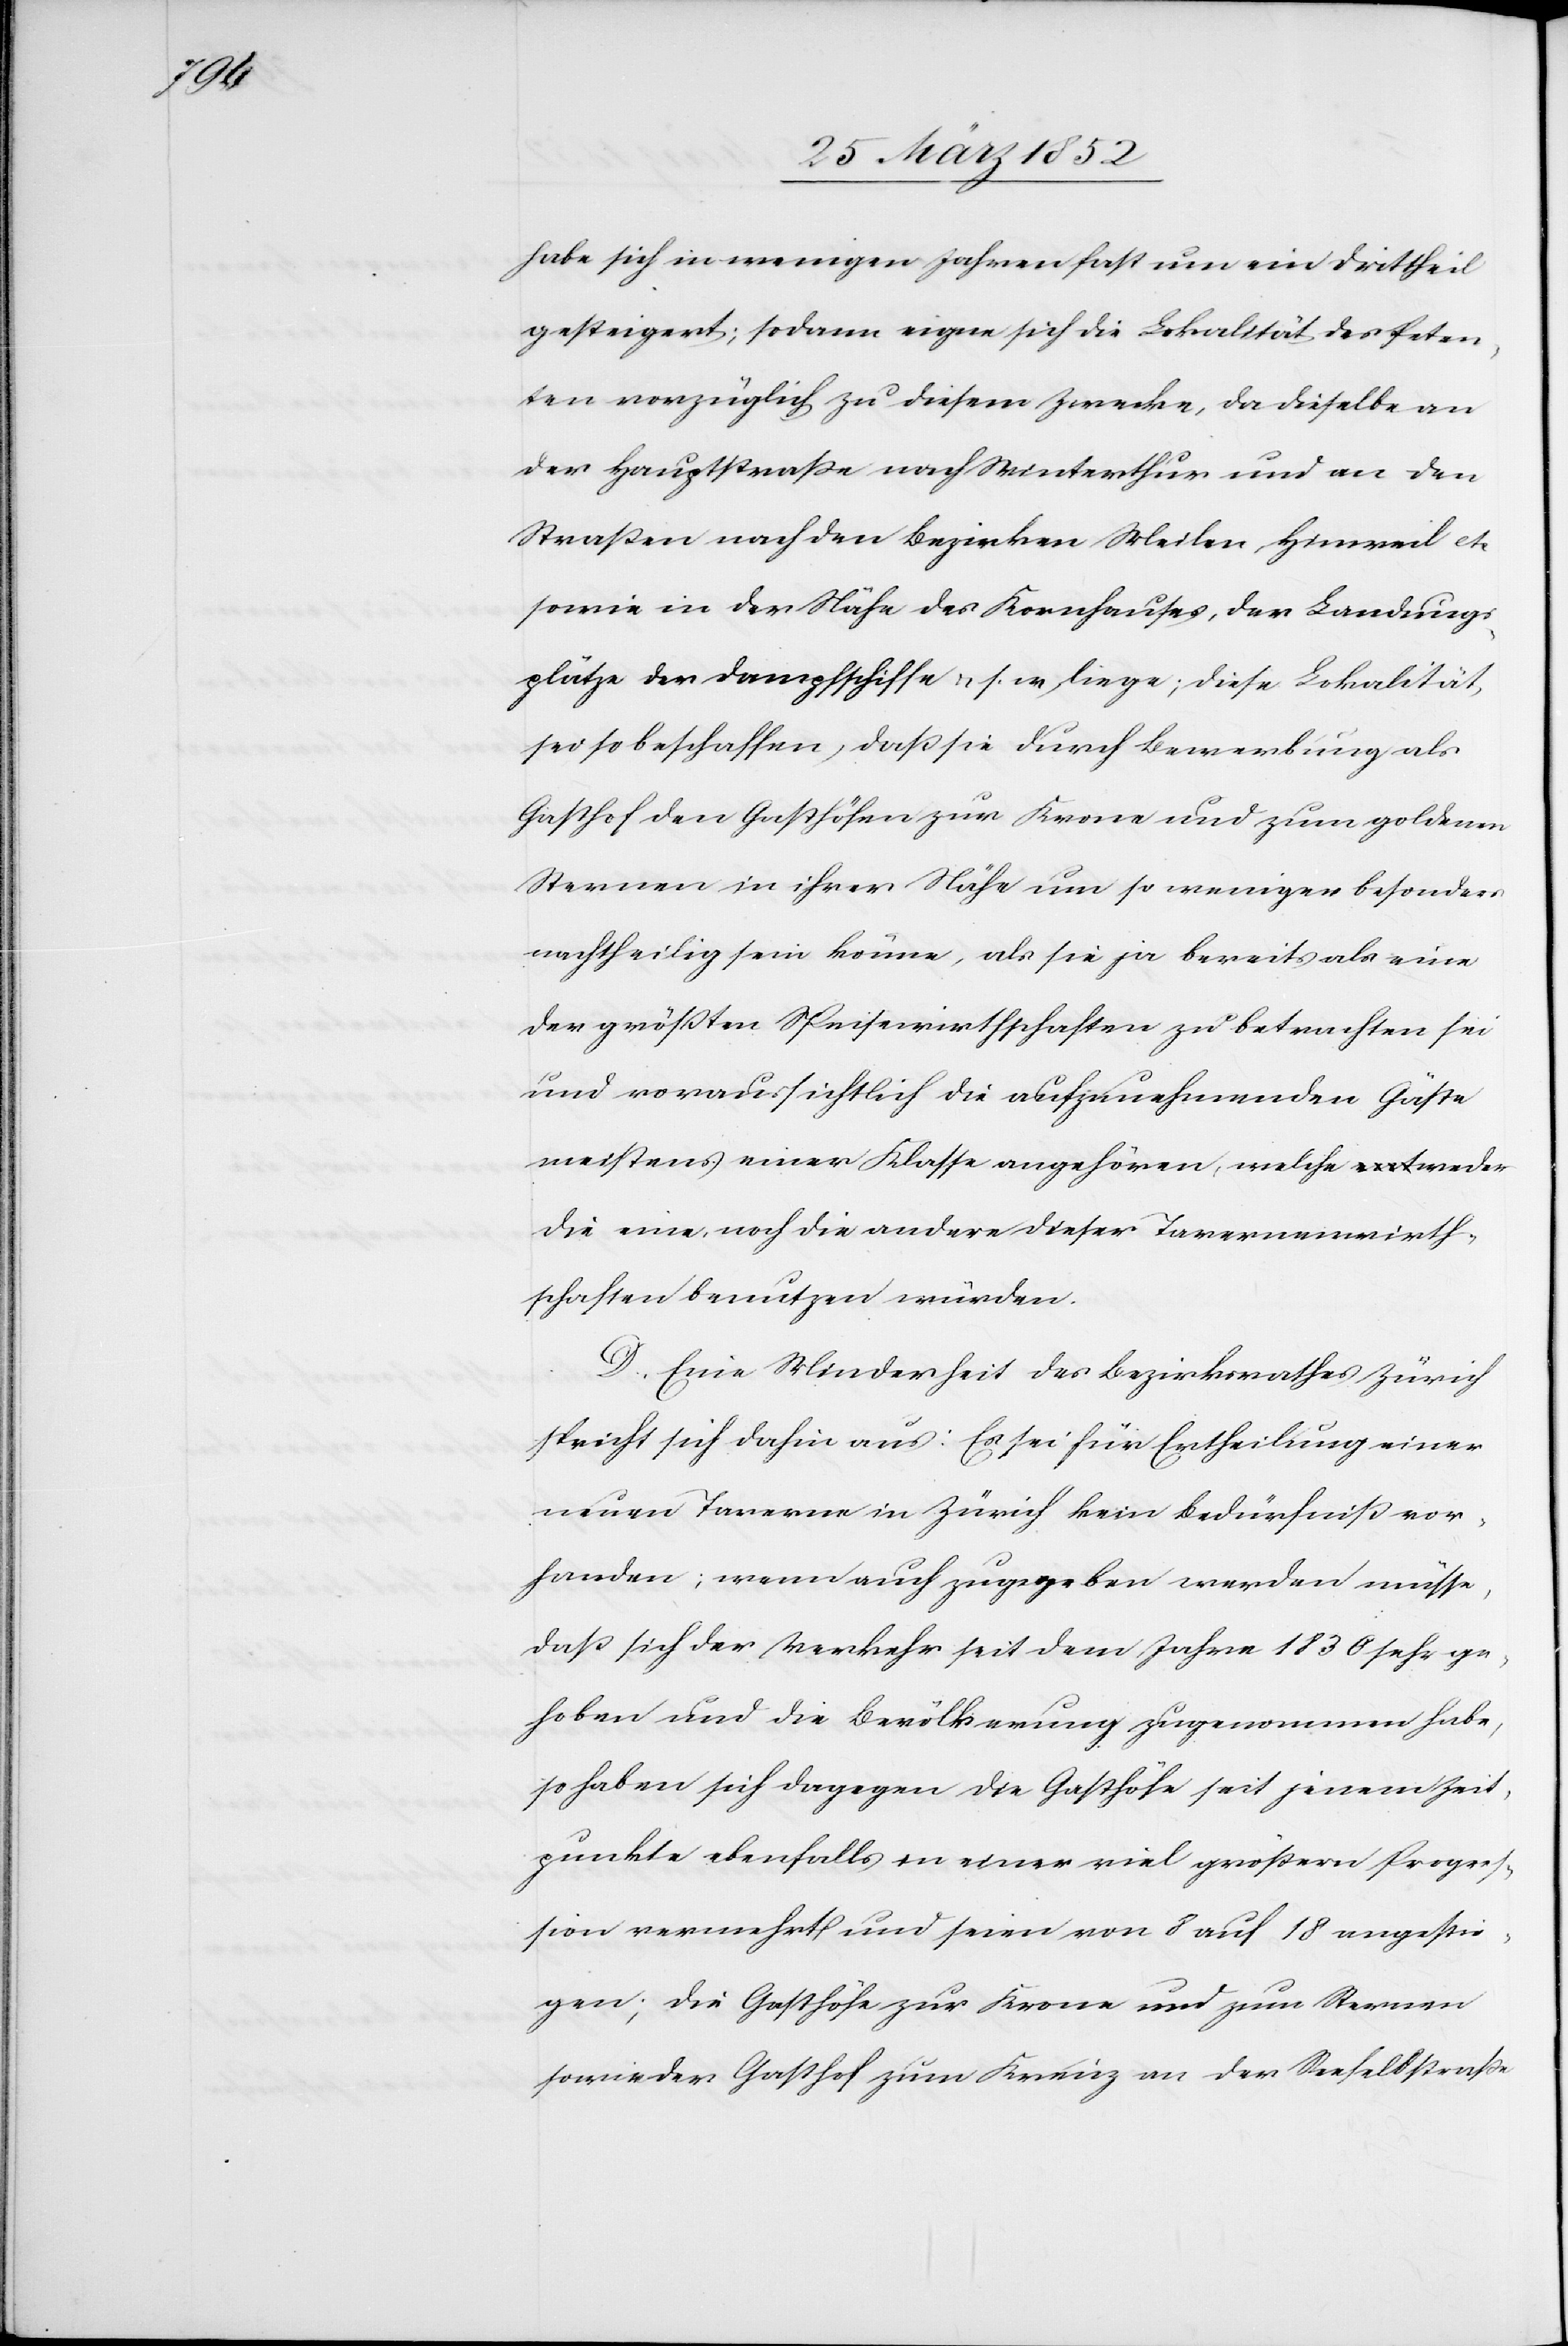
habe sich in wenigen Jahren fast um ein Drittheil
gesteigert; sodann eigne sich die Lokalität des Peten¬
ten vorzüglich zu diesem Zwecke, da dieselbe an
der Hauptstraße nach Winterthur und an den
Straßen nach den Bezirken Meilen, Hinweil etc
sowie in der nähe des Kornhauses, der Landungs¬
plätze der Dampfschiffe u. s. w. liege; diese Lokalität
sei so beschaffen, daß sie durch die Bewerbung als
Gasthof den Gasthöfen zur Krone und zum goldenen
Sternen in ihrer Nähe um so weniger besonders
nachtheilig sein könne, als sie ja bereits als eine
der größten Speisewirthschaften zu betrachten sei
und voraussichtlich die aufzunehmenden Gäste
meistens einer Klasse angehören, welche weder
die eine, noch die andere dieser Tavernenwirth¬
schaften benutzen würden.
D. Eine Minderheit des Bezirksrathes Zürich
spricht sich dahin aus: Es sei für Ertheilung einer
neuen Taverne in Zürich kein Bedürfniß vor¬
handen; wenn auch zugegeben werden müsse,
daß sich der Verkehr seit dem Jahre 1830 sehr ge¬
hoben und die Bevölkerung zugenommen habe,
so haben sich dagegen die Gasthöfe seit jenem Zeit¬
punkte ebenfalls in einer viel größern Progres¬
sion vermehrt und seien von 8 auf 18 angestie¬
gen; die Gasthöfe zur Krone und zum Sternen
sowie der Gasthof zum Kreuz an der Seefeldstraße